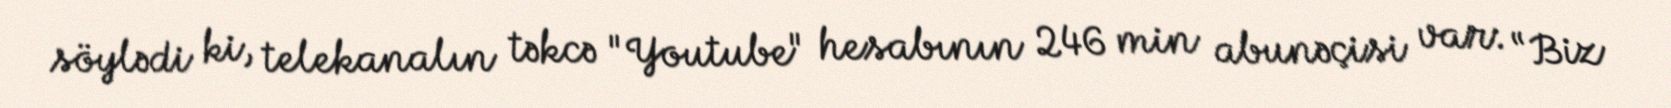
söylədi ki, telekanalın təkcə "Youtube" hesabının 246 min abunəçisi var: “Biz